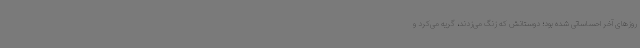
روزهای آخر احساساتی شده بود؛ دوستانش که زنگ می‌زدند، گریه می‌کرد و